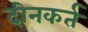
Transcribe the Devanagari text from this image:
दीनकर्त